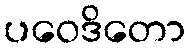
ပဝေဒိတော